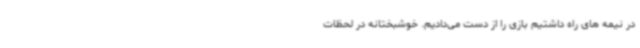
در نیمه های راه داشتیم بازی را از دست می‌دادیم. خوشبختانه در لحظات